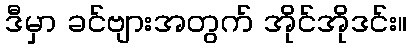
ဒီမှာ ခင်ဗျားအတွက် အိုင်အိုဒင်း။